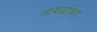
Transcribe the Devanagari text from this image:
आद्यद्राविड